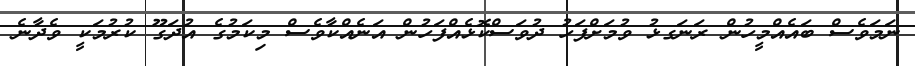
ނަމަވެސް ބައެއްމީހުން ރަނަގޅު ވުމަށްފަހު ދުވަސްކޮޅެއްފަހުން އަނެއްކާވެސް މިކަމުގެ އުދަގޫ ކުރުމަކީ ވެދާނެ